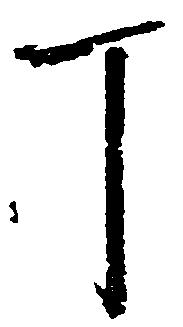
丁